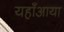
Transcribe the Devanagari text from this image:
यहाँआया